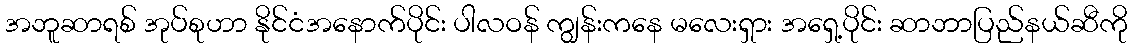
အဘူဆာရစ် အုပ်စုဟာ နိုင်ငံအနောက်ပိုင်း ပါလဝန် ကျွန်းကနေ မလေးရှား အရှေ့ပိုင်း ဆာဘာပြည်နယ်ဆီကို